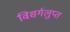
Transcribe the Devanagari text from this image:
विसर्गलुप्त